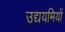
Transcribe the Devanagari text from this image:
उद्ययमियों